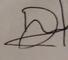
Signature authenticity: forged